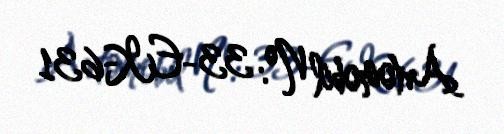
Avtomobil №: 33-EK-631